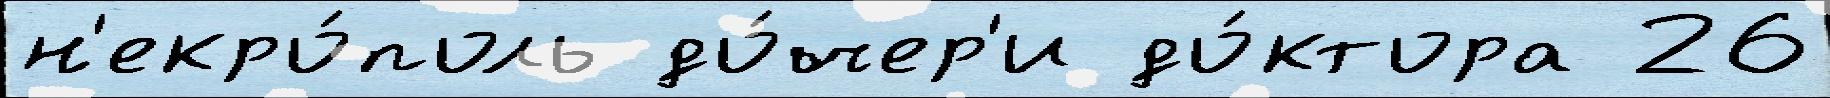
н'екро́поль до́чер'и до́ктора 26